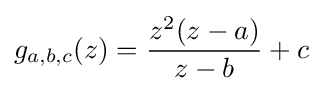
g_{a,b,c}(z)={\frac {z^{2}(z-a)}{z-b}}+c